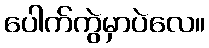
ပေါက်ကွဲမှာပဲလေ။